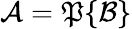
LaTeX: {\mathcal{A}}={\mathfrak{P}}\{ {\mathcal{B}}\}